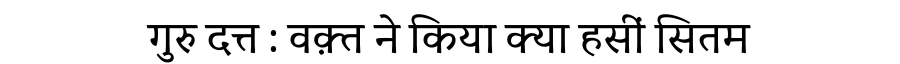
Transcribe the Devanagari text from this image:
गुरु दत्त : वक़्त ने किया क्या हसीं सितम